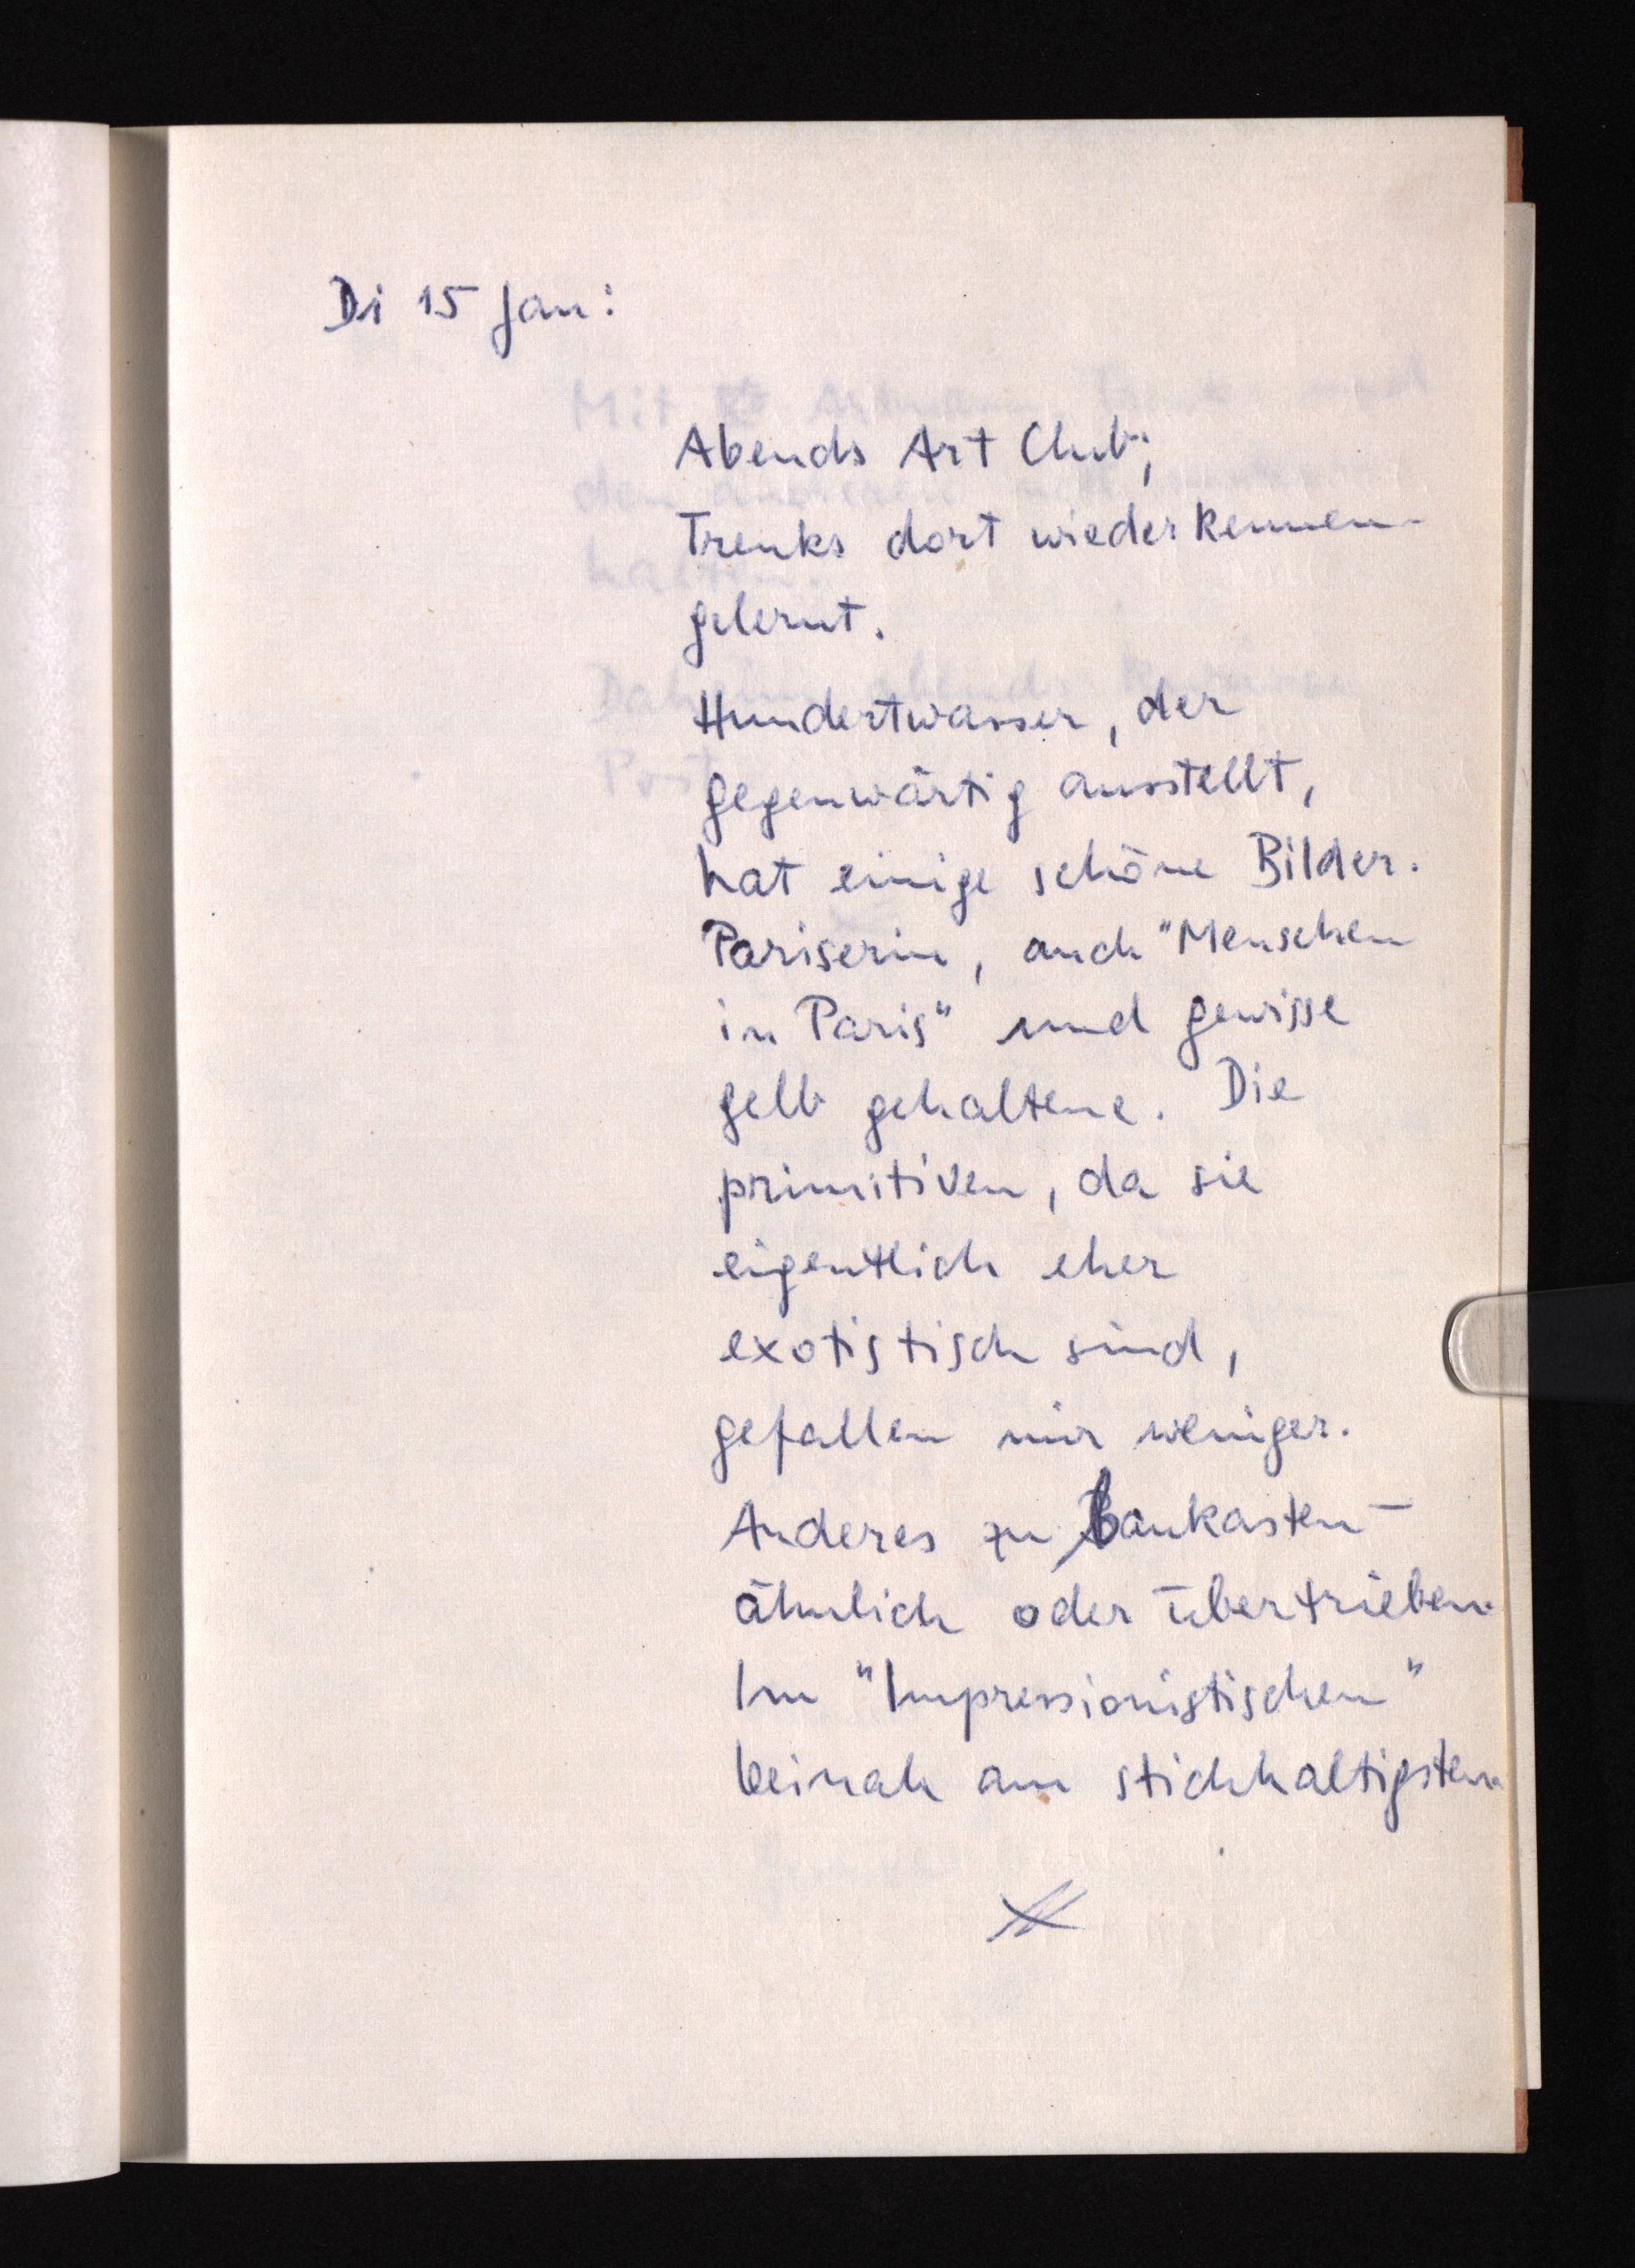
Di 15 Jan:
Abends Art Club;
Trenks dort wieder kennen¬
gelernt.
Hundertwasser, der
gegenwärtig ausstellt,
hat einige schöne Bilder.
Pariserin, auch "Menschen
in Paris" und gewisse
gelb gehaltene. Die
primitiven, da sie
eigentlich eher
exotistisch sind,
gefallen mir weniger.
Anderes zu Bbaukasten¬
ähnlich oder übertrieben.
Im "Impressionistischen"
beinah am stichhaltigsten.